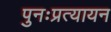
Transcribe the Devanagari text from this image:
पुनःप्रत्यायन